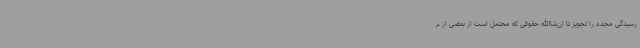
رسیدگی مجدد را تجویز تا ان‌شاالله حقوقی که محتمل است از بعضی از م